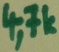
Text: 4,7k